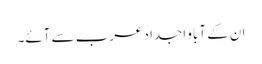
ان کے آباو اجداد عرب سے آئے۔